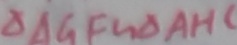
\Delta A G F \sim \Delta A H C